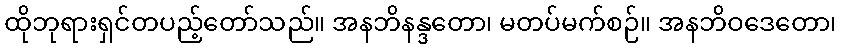
ထိုဘုရားရှင်တပည့်တော်သည်။ အနဘိနန္ဒတော၊ မတပ်မက်စဉ်။ အနဘိဝဒေတော၊